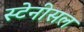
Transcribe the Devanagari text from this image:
स्टेनीसल